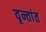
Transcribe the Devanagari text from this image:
वृन्तांत